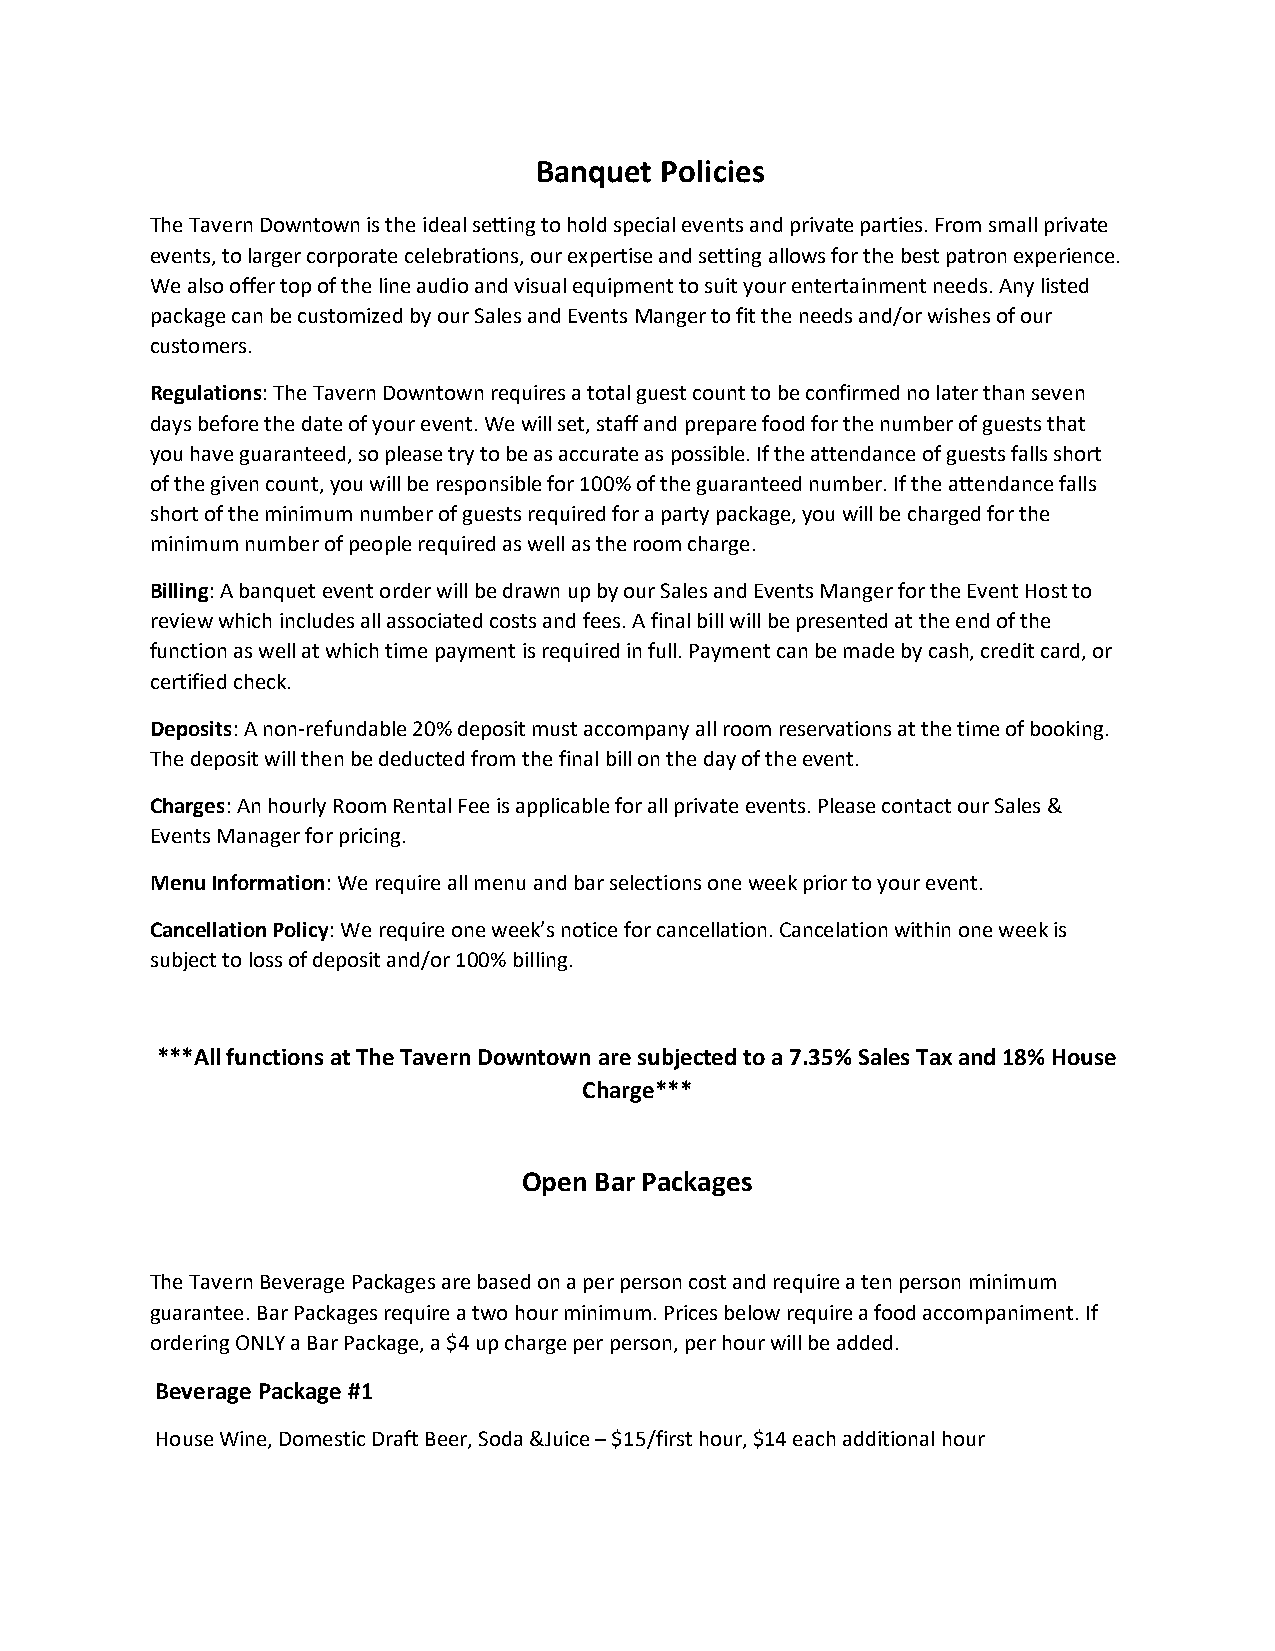
Banquet Policies
 The Tavern Downtown is the ideal setting to hold special events and private parties. From small private
 events, to larger corporate celebrations, our expertise and setting allows for the best patron experience.
 We also offer top of the line audio and visual equipment to suit your entertainment needs. Any listed
 package can be customized by our Sales and Events Manger to fit the needs and/or wishes of our
 customers.
 Regulations: The Tavern Downtown requires a total guest count to be confirmed no later than seven
 days before the date of your event. We will set, staff and prepare food for the number of guests that
 you have guaranteed, so please try to be as accurate as possible. If the attendance of guests falls short
 of the given count, you will be responsible for 100% of the guaranteed number. If the attendance falls
 short of the minimum number of guests required for a party package, you will be charged for the
 minimum number of people required as well as the room charge.
 Billing: A banquet event order will be drawn up by our Sales and Events Manger for the Event Host to
 review which includes all associated costs and fees. A final bill will be presented at the end of the
 function as well at which time payment is required in full. Payment can be made by cash, credit card, or
 certified check.
 Deposits: A non-refundable 20% deposit must accompany all room reservations at the time of booking.
 The deposit will then be deducted from the final bill on the day of the event.
 Charges: An hourly Room Rental Fee is applicable for all private events. Please contact our Sales &
 Events Manager for pricing.
 Menu Information: We require all menu and bar selections one week prior to your event.
 Cancellation Policy: We require one week’s notice for cancellation. Cancelation within one week is
 subject to loss of deposit and/or 100% billing.
 ***All functions at The Tavern Downtown are subjected to a 7.35% Sales Tax and 18% House
 Charge***
 Open Bar Packages
 The Tavern Beverage Packages are based on a per person cost and require a ten person minimum
 guarantee. Bar Packages require a two hour minimum. Prices below require a food accompaniment. If
 ordering ONLY a Bar Package, a $4 up charge per person, per hour will be added.
 Beverage Package #1
 House Wine, Domestic Draft Beer, Soda &Juice – $15/first hour, $14 each additional hour